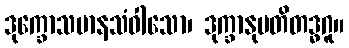
ဒုက္ခောသမာနသံဝါသော၊ ဒုက္ခာနုပတိတဒ္ဓဂူ။